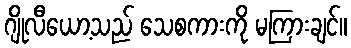
ဂျိုလီယော့သည် သေစကားကို မကြားချင်။